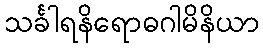
သင်္ခါရနိရောဓဂါမိနိယာ